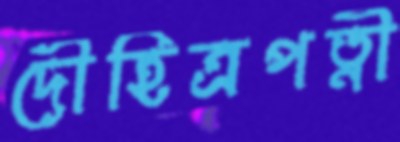
দৌহিত্রপত্নী